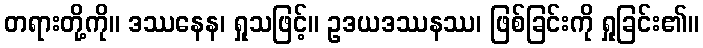
တရားတို့ကို။ ဒဿနေန၊ ရှုသဖြင့်။ ဥဒယဒဿနဿ၊ ဖြစ်ခြင်းကို ရှုခြင်း၏။